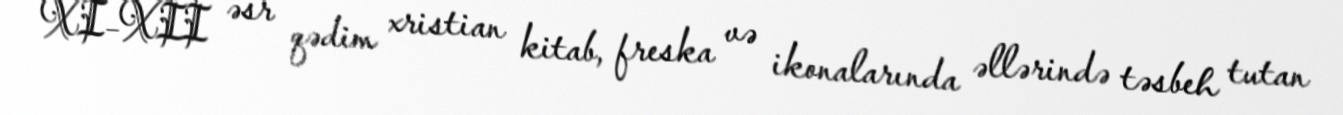
XI–XII əsr qədim xristian kitab, freska və ikonalarında əllərində təsbeh tutan